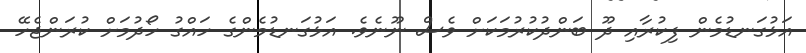
އަޅުގަނޑުމެން ފިކުރާއި ދޫ ބަންދުކުރުމަކަށް ވެސް ނޫނެވެ. އަޅުގަނޑުމެންގެ ހައްގު ހޯދުމަށް ކުރަންޖެހޭ